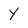
Character: Y